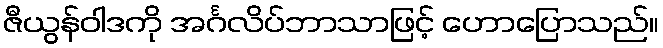
ဇီယွန်ဝါဒကို အင်္ဂလိပ်ဘာသာဖြင့် ဟောပြောသည်။